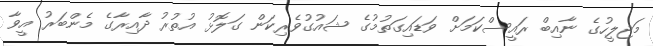
މަޖިލީހުގެ ނާއިބް ރައީސްކަމަށް ވަޑައިގަތުމުގެ ޝައުގުވެރިކަން ގަލޮޅު އުތުރު ދާއިރާގެ މެންބަރު އީވާ